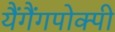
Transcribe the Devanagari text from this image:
यैंगैंगपोक्पी